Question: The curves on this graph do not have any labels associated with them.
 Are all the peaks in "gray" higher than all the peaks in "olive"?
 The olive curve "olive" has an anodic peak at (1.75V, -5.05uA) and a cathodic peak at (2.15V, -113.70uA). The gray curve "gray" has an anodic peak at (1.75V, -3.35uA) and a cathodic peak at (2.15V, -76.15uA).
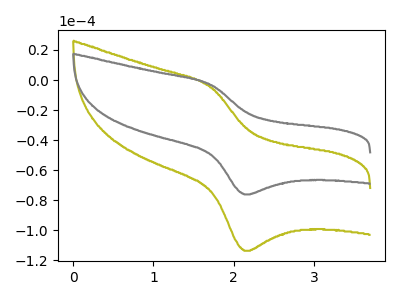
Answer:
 <answer>The peaks in "gray" are neither all higher or all lower than the peaks in "olive".</answer>
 <eval>mixed</eval>